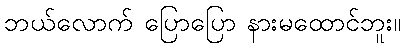
ဘယ်လောက် ပြောပြော နားမထောင်ဘူး။